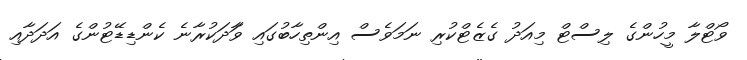
ވޯޓްލާ މީހުންގެ ލިސްޓް މިއަދު ގެޒެޓްކުރި ނަމަވެސް އިންތިހާބުގައި ވާަދަކުރާނެ ކެންޑިޑޭޓުންގެ އަދަދާއި